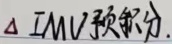
$\Delta$ $I MV$ 预积分。